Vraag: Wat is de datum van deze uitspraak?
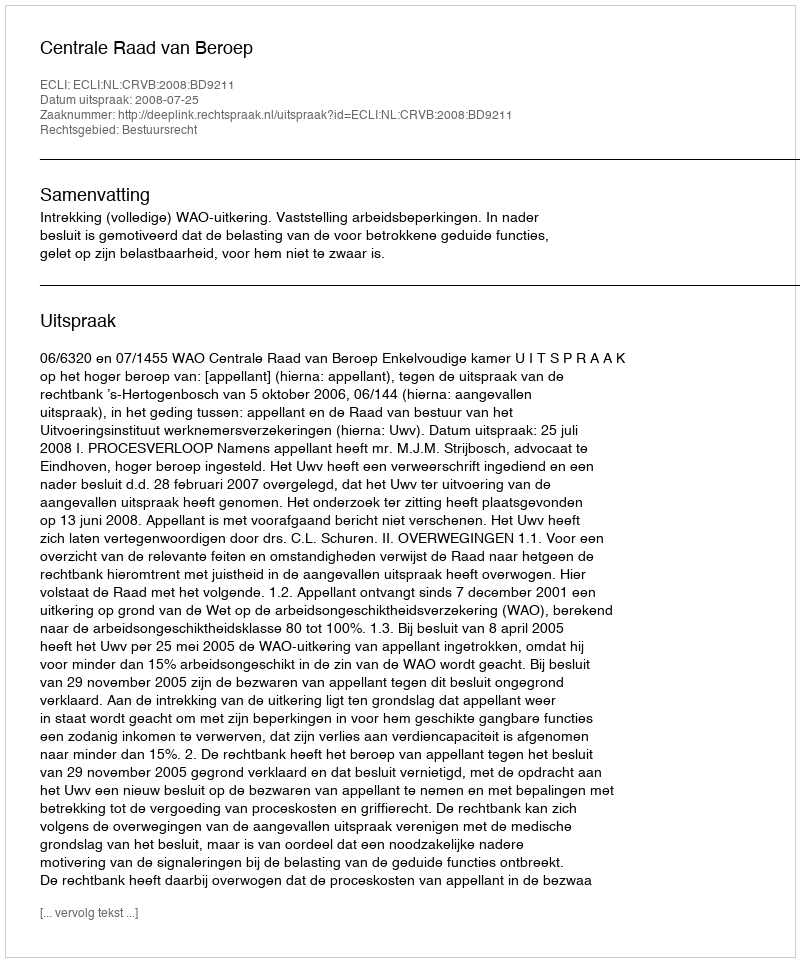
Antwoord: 2008-07-25